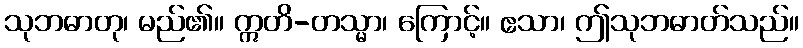
သုဘဓာတု၊ မည်၏။ ဣတိ-တသ္မာ၊ ကြောင့်။ ဧသာ၊ ဤသုဘဓာတ်သည်။